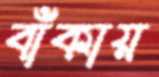
বাঁকায়